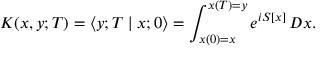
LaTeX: K ( x , y ; T ) = \langle y ; T \mid x ; 0 \rangle = \int _ { x ( 0 ) = x } ^ { x ( T ) = y } e ^ { i S [ x ] } \, D x .